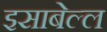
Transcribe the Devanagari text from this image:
इसाबेल्ल